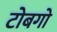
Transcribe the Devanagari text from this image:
टोबगो